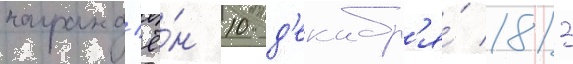
награжд'ё́н 10 д'екабр'я́ 1813